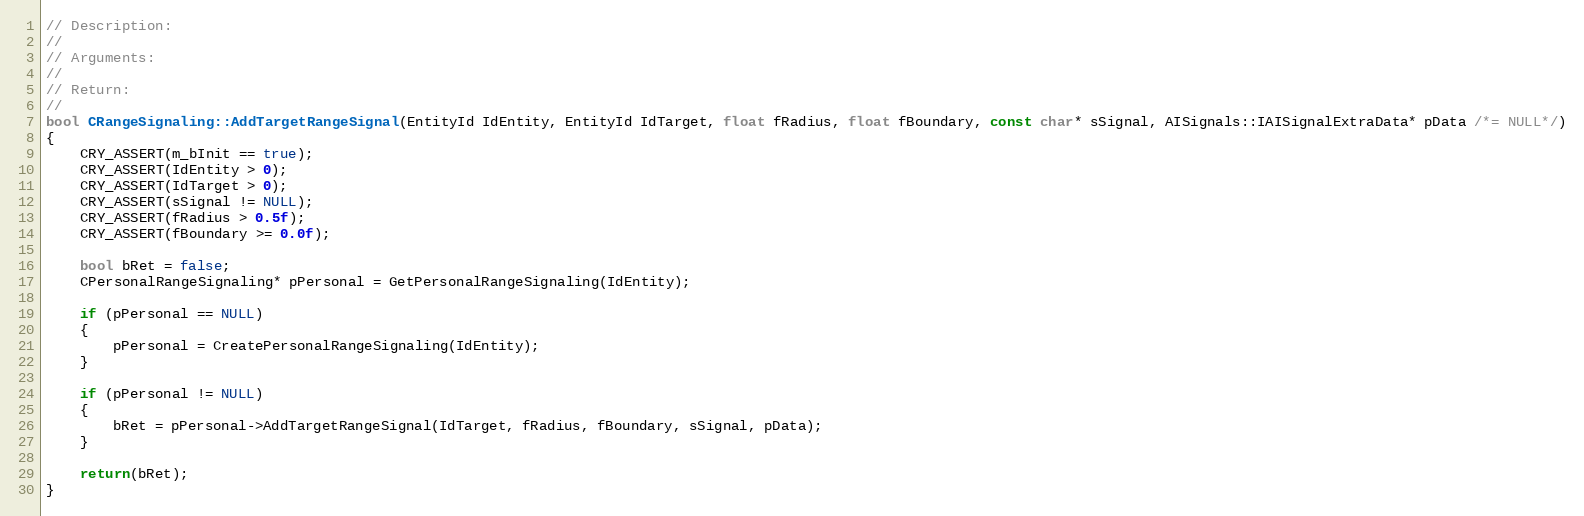
Language: C++
// Description:
//
// Arguments:
//
// Return:
//
bool CRangeSignaling::AddTargetRangeSignal(EntityId IdEntity, EntityId IdTarget, float fRadius, float fBoundary, const char* sSignal, AISignals::IAISignalExtraData* pData /*= NULL*/)
{
	CRY_ASSERT(m_bInit == true);
	CRY_ASSERT(IdEntity > 0);
	CRY_ASSERT(IdTarget > 0);
	CRY_ASSERT(sSignal != NULL);
	CRY_ASSERT(fRadius > 0.5f);
	CRY_ASSERT(fBoundary >= 0.0f);

	bool bRet = false;
	CPersonalRangeSignaling* pPersonal = GetPersonalRangeSignaling(IdEntity);

	if (pPersonal == NULL)
	{
		pPersonal = CreatePersonalRangeSignaling(IdEntity);
	}

	if (pPersonal != NULL)
	{
		bRet = pPersonal->AddTargetRangeSignal(IdTarget, fRadius, fBoundary, sSignal, pData);
	}

	return(bRet);
}